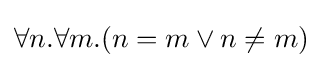
\forall n.\forall m.(n=m\lor n\neq m)